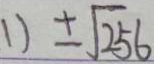
1 ) \pm \sqrt { 2 5 6 }